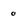
Character: 0